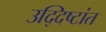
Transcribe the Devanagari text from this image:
उद्दिष्टांत